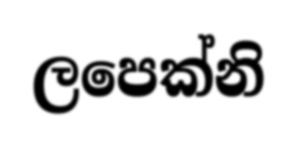
ලපෙක්නි